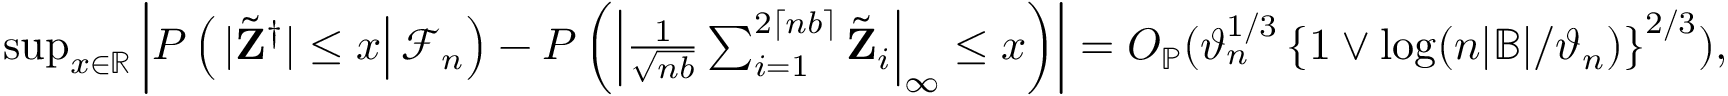
\begin{array} { r } { \operatorname* { s u p } _ { x \in \mathbb { R } } \left| P \left( \left. | \tilde { \mathbf Z } ^ { \dagger } | \leq x \right| \mathcal { F } _ { n } \right) - P \left( \left| \frac { 1 } { \sqrt { n b } } \sum _ { i = 1 } ^ { 2 \lceil n b \rceil } \tilde { \mathbf Z } _ { i } \right| _ { \infty } \leq x \right) \right| = O _ { \mathbb { P } } ( \vartheta _ { n } ^ { 1 / 3 } \left\{ 1 \vee \log ( n | \mathbb { B } | / \vartheta _ { n } ) \right\} ^ { 2 / 3 } ) , } \end{array}